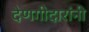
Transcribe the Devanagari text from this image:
देणगीदारांनी